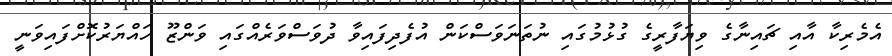
އެމެރިކާ އާއި ޗައިނާގެ ވިޔަފާރީގެ ގުޅުމުގައި ނުތަނަވަސްކަން އުފެދިފައިވާ ދުވަސްވަރެއްގައި ވަންޒޫ ހައްޔަރުކޮށްފައިވަނީ